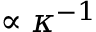
\propto \kappa ^ { - 1 }